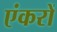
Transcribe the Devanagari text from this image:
एंकरों